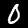
Digit: 0